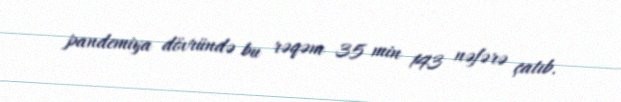
pandemiya dövründə bu rəqəm 35 min 143 nəfərə çatıb.